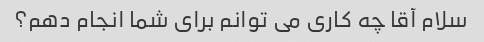
سلام آقا چه کاری می توانم برای شما انجام دهم؟